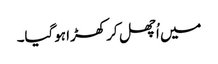
میں اُچھل کر کھڑا ہوگیا۔